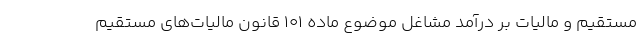
مستقیم و مالیات بر درآمد مشاغل موضوع ماده ۱۰۱ قانون مالیات‌های مستقیم